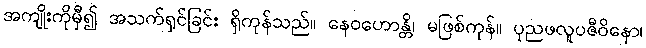
အကျိုးကိုမှီ၍ အသက်ရှင်ခြင်း ရှိကုန်သည်။ နေဝဟောန္တိ၊ မဖြစ်ကုန်။ ပုညဖလူပဇီဝိနော၊